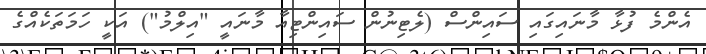
އެންމެ ފުޅާ މާނައިގައި ސައިންސް (ލެޓިނުން ސައިންޓިއާ މާނައީ "އިލްމު") އަކީ ހަމަތަކެއްގެ